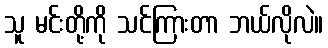
သူ မင်းတို့ကို သင်ကြားတာ ဘယ်လိုလဲ။